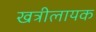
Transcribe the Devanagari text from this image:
खत्रीलायक